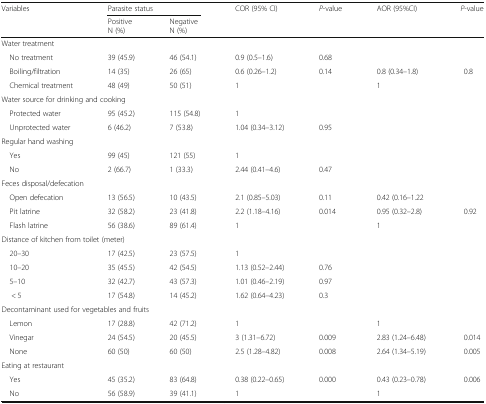
<table><thead><tr><td rowspan="2"><b>Variables</b></td><td colspan="2"><b>Parasite status</b></td><td rowspan="2"><b>COR (95% CI)</b></td><td rowspan="2"><b><i>P</i>-value</b></td><td rowspan="2"><b>AOR (95%CI)</b></td><td rowspan="2"><b><i>P</i>-value</b></td></tr><tr><td><b>PositiveN (%)</b></td><td><b>NegativeN (%)</b></td></tr></thead><tbody><tr><td colspan="7">Water treatment</td></tr><tr><td> No treatment</td><td>39 (45.9)</td><td>46 (54.1)</td><td>0.9 (0.5–1.6)</td><td>0.68</td><td></td><td></td></tr><tr><td> Boiling/filtration</td><td>14 (35)</td><td>26 (65)</td><td>0.6 (0.26–1.2)</td><td>0.14</td><td>0.8 (0.34–1.8)</td><td>0.8</td></tr><tr><td> Chemical treatment</td><td>48 (49)</td><td>50 (51)</td><td>1</td><td></td><td>1</td><td></td></tr><tr><td colspan="7">Water source for drinking and cooking</td></tr><tr><td> Protected water</td><td>95 (45.2)</td><td>115 (54.8)</td><td>1</td><td></td><td></td><td rowspan="2"></td></tr><tr><td> Unprotected water</td><td>6 (46.2)</td><td>7 (53.8)</td><td>1.04 (0.34–3.12)</td><td>0.95</td><td></td></tr><tr><td colspan="7">Regular hand washing</td></tr><tr><td> Yes</td><td>99 (45)</td><td>121 (55)</td><td>1</td><td></td><td></td><td rowspan="2"></td></tr><tr><td> No</td><td>2 (66.7)</td><td>1 (33.3)</td><td>2.44 (0.41–4.6)</td><td>0.47</td><td></td></tr><tr><td colspan="7">Feces disposal/defecation</td></tr><tr><td> Open defecation</td><td>13 (56.5)</td><td>10 (43.5)</td><td>2.1 (0.85–5.03)</td><td>0.11</td><td>0.42 (0.16–1.22</td><td></td></tr><tr><td> Pit latrine</td><td>32 (58.2)</td><td>23 (41.8)</td><td>2.2 (1.18–4.16)</td><td>0.014</td><td>0.95 (0.32–2.8)</td><td>0.92</td></tr><tr><td> Flash latrine</td><td>56 (38.6)</td><td>89 (61.4)</td><td>1</td><td></td><td>1</td><td></td></tr><tr><td colspan="7">Distance of kitchen from toilet (meter)</td></tr><tr><td> 20–30</td><td>17 (42.5)</td><td>23 (57.5)</td><td>1</td><td></td><td></td><td rowspan="4"></td></tr><tr><td> 10–20</td><td>35 (45.5)</td><td>42 (54.5)</td><td>1.13 (0.52–2.44)</td><td>0.76</td><td></td></tr><tr><td> 5–10</td><td>32 (42.7)</td><td>43 (57.3)</td><td>1.01 (0.46–2.19)</td><td>0.97</td><td></td></tr><tr><td>&lt; 5</td><td>17 (54.8)</td><td>14 (45.2)</td><td>1.62 (0.64–4.23)</td><td>0.3</td><td></td></tr><tr><td colspan="7">Decontaminant used for vegetables and fruits</td></tr><tr><td> Lemon</td><td>17 (28.8)</td><td>42 (71.2)</td><td>1</td><td></td><td>1</td><td></td></tr><tr><td> Vinegar</td><td>24 (54.5)</td><td>20 (45.5)</td><td>3 (1.31–6.72)</td><td>0.009</td><td>2.83 (1.24–6.48)</td><td>0.014</td></tr><tr><td> None</td><td>60 (50)</td><td>60 (50)</td><td>2.5 (1.28–4.82)</td><td>0.008</td><td>2.64 (1.34–5.19)</td><td>0.005</td></tr><tr><td colspan="7">Eating at restaurant</td></tr><tr><td> Yes</td><td>45 (35.2)</td><td>83 (64.8)</td><td>0.38 (0.22–0.65)</td><td>0.000</td><td>0.43 (0.23–0.78)</td><td>0.006</td></tr><tr><td> No</td><td>56 (58.9)</td><td>39 (41.1)</td><td>1</td><td></td><td>1</td><td></td></tr></tbody></table>